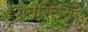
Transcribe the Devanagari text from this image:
गनस्लिंगर